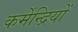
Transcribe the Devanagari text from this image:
कर्मेन्द्रियों